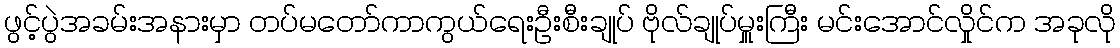
ဖွင့်ပွဲအခမ်းအနားမှာ တပ်မတော်ကာကွယ်ရေးဦးစီးချုပ် ဗိုလ်ချုပ်မှူးကြီး မင်းအောင်လှိုင်က အခုလို